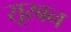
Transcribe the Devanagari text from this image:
सूरबन